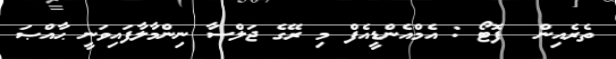
ތެރެއިން  ފޮޓޯ : އެމްއެންޑީއެފް މި ރޭގެ ޖަލްސާ ނިންމާލާފައިވަނީ ޙާއްޞަ